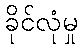
ခိုင်လုံမှု